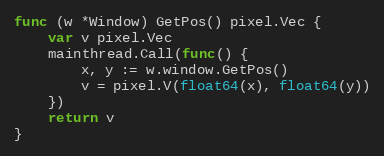
Language: Go
func (w *Window) GetPos() pixel.Vec {
	var v pixel.Vec
	mainthread.Call(func() {
		x, y := w.window.GetPos()
		v = pixel.V(float64(x), float64(y))
	})
	return v
}